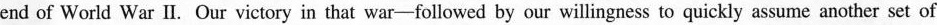
end of World War II. Our victory in that war-followed by our willingness to quickly assume another set of